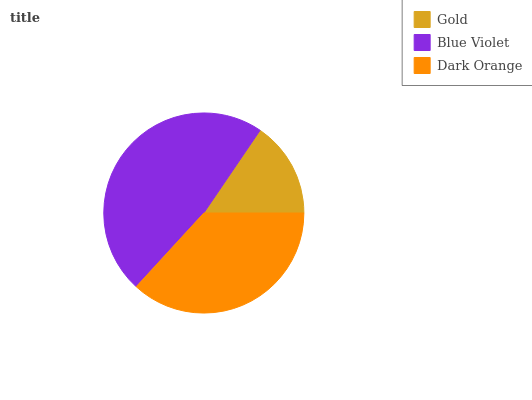
| Gold | Blue Violet | Dark Orange |
 | --- | --- | --- |
 | 15.5% | 47.7% | 36.8% |